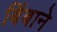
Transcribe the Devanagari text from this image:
बिंबाने